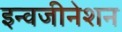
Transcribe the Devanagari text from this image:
इन्वजीनेशन